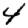
Digit: 4